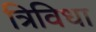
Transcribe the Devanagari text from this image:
त्रिविधा